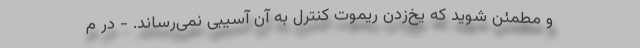
و مطمئن شوید که یخ‌زدن ریموت کنترل به آن آسیبی نمی‌رساند. ‌- در م